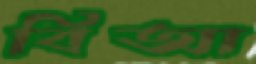
বিআ